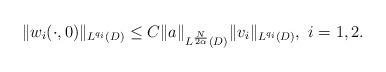
LaTeX: \begin{align*}\|w_i(\cdot,0)\|_{L^{q_i}(D)}\leq C\|a\|_{L^{\frac N{2\alpha}}(D)}\|v_i\|_{L^{q_i}(D)}, \,\, i = 1, 2.\end{align*}